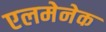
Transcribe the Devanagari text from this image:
एलमेनेक